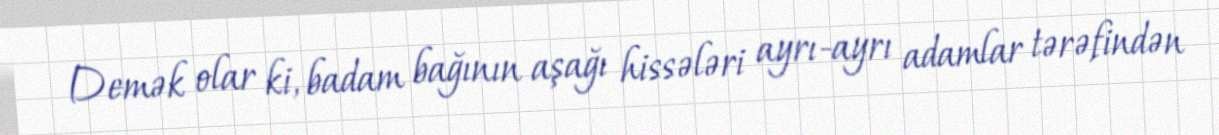
Demək olar ki, badam bağının aşağı hissələri ayrı-ayrı adamlar tərəfindən